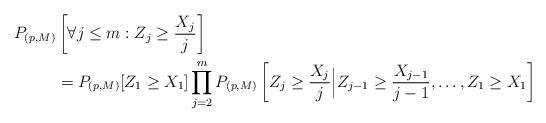
LaTeX: \begin{align*} P_{(p,M)}&\left[\forall j\leq m: Z_j\geq\frac{ X_j}{j}\right]\\ & = P_{(p,M)}[Z_1\geq X_1]\prod_{j=2}^{m}P_{(p,M)}\left[Z_j\geq\frac{ X_j}{j}\Big|Z_{j-1}\geq\frac{X_{j-1}}{j-1} ,\ldots, Z_1\geq X_1\right] \end{align*}